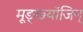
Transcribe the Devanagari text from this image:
मूङ्छ्यॉजिन्